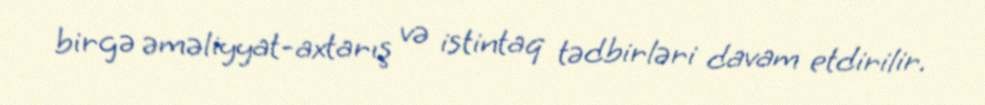
birgə əməliyyat-axtarış və istintaq tədbirləri davam etdirilir.